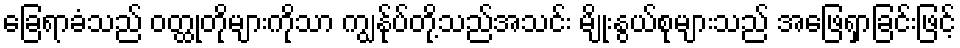
ခြေရာခံသည် ဝတ္ထုတိုများကိုသာ ကျွန်ုပ်တို့သည်အသင်း မျိုးနွယ်စုများသည် အဖြေရှာခြင်းဖြင့်